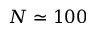
N \simeq 1 0 0